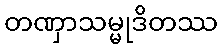
တဏှာသမ္မုဒိတဿ